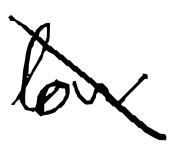
Text: low
Cross-out: diagonal
Writing tool: digital_black